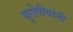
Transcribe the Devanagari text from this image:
युरोपीयांनी